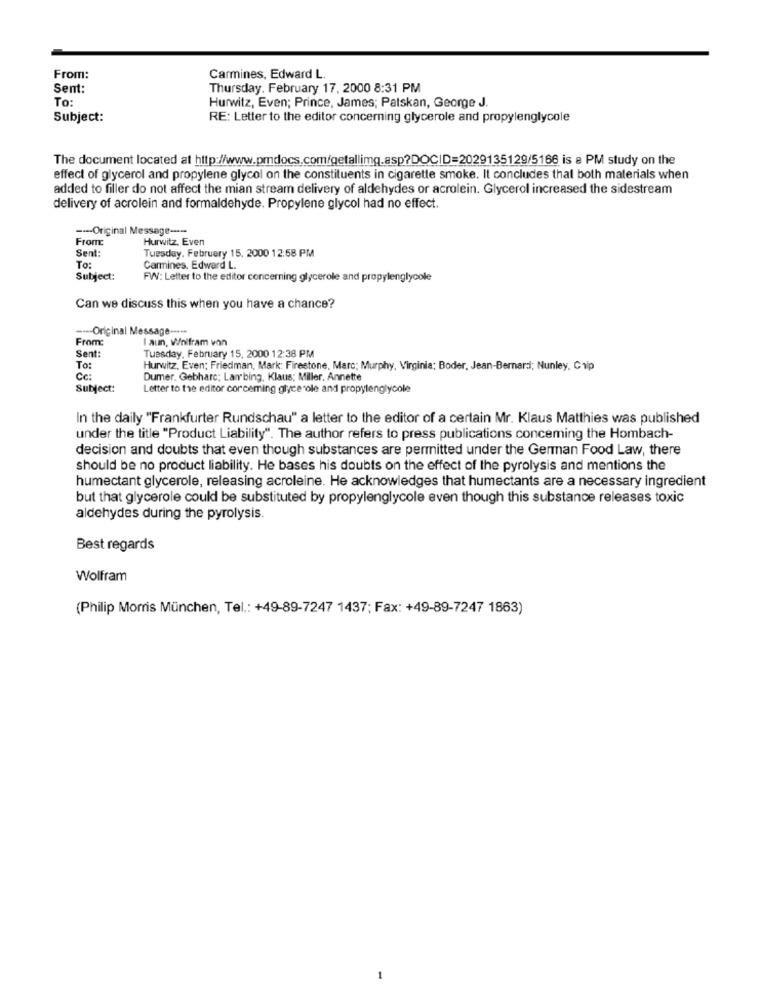
From:
Carmines, Edward L.
Sent:
Thursday, February 17, 2000 8:31 PM
To:
Hurwitz, Even; Prince, James; Patskan, George J.
Subject:
RE: Letter to the editor concerning glycerole and propylenglycole
The document located at http://www.pmdocs.com/getallimg.asp?DOCID=2029135129/5166 is a PM study on the
effect of glycerol and propylene glycol on the constituents in cigarette smoke. It concludes that both materials when
added to filler do not affect the mian stream delivery of aldehydes or acrolein. Glycerol increased the sidestream
delivery of acrolein and formaldehyde. Propylene glycol had no effect.
--- Original Message -----
From
Hurwitz, Even
Sent:
Tuesday, February 15, 2000 12:58 PM
To:
Carmines. Edward L.
Subject:
FW: Letter to the editor concerning glycerole and propylenglycole
Can we discuss this when you have a chance?
---- Original Message ----
From:
I aun, Wolfram von
Sent:
Tuesday, February 15, 2000 12:38 PM
To:
Hurwitz, Even; Friedman, Mark: Firestone, Marc; Murphy, Virginia; Boder, Jean-Bernard; Nunley, Chip
Cc:
Dumer, Gebharc; Lan bing, Klaus; Miller, Annette
Subject:
Letter to the editor corceming glyce ole and propylenglycole
In the daily "Frankfurter Rundschau" a letter to the editor of a certain Mr. Klaus Matthies was published
under the title "Product Liability". The author refers to press publications conceming the Hombach-
decision and doubts that even though substances are permitted under the German Food Law, there
should be no product liability. He bases his doubts on the effect of the pyrolysis and mentions the
humectant glycerole, releasing acroleine. He acknowledges that humectants are a necessary ingredient
but that glycerole could be substituted by propylenglycole even though this substance releases toxic
aldehydes during the pyrolysis.
Best regards
Wolfram
(Philip Morris München, Tel .: +49-89-7247 1437; Fax: +49-89-7247 1863)
-